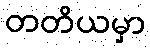
တတိယမှာ